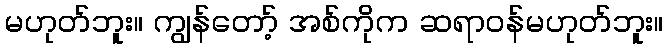
မဟုတ်ဘူး။ ကျွန်တော့် အစ်ကိုက ဆရာဝန်မဟုတ်ဘူး။